Scottish Leaving Certificate Examination, 1958
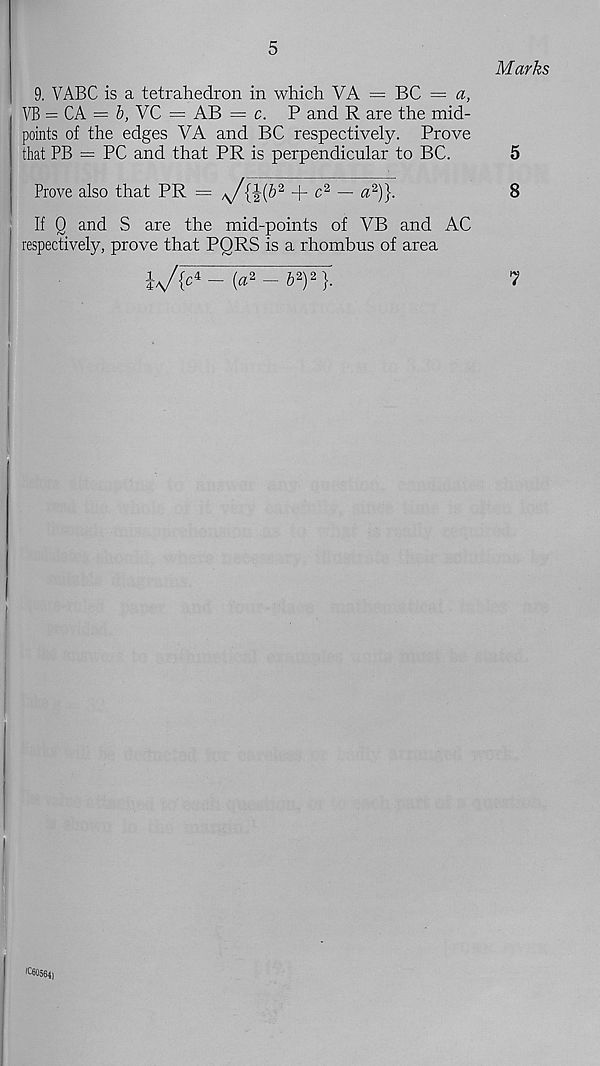
5
Marks
9. VABC is a tetrahedron in which VA = BC — a,
VB = CA = b, VC = AB — c. P and R are the mid-
points of the edges VA and BC respectively. Prove
that PB = PC and that PR is perpendicular to BC.
5
Prove also that PR = *J{\(b 2 -f- c 2 — a 2 )}.
8
If Q and S are the mid-points of VB and AC
respectively, prove that PQRS is a rhombus of area
iy{ c 4_ (a 2 - &2)2}.
7
( C60564)